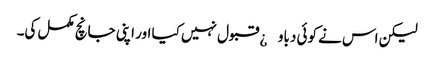
لیکن اس نے کوئی دباو¿ قبول نہیں کیا اور اپنی جانچ مکمل کی۔